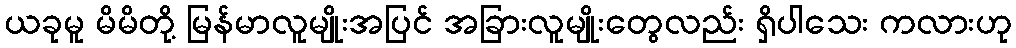
ယခုမူ မိမိတို့ မြန်မာလူမျိုးအပြင် အခြားလူမျိုးတွေလည်း ရှိပါသေး ကလားဟု